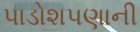
પાડોશપણાની